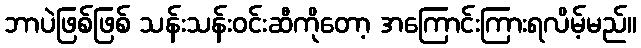
ဘာပဲဖြစ်ဖြစ် သန်းသန်းဝင်းဆီကိုတော့ အကြောင်းကြားရလိမ့်မည်။